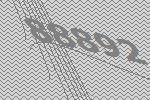
88892